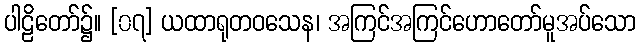
ပါဠိတော်၌။ [၀၇] ယထာရုတဝသေန၊ အကြင်အကြင်ဟောတော်မူအပ်သော